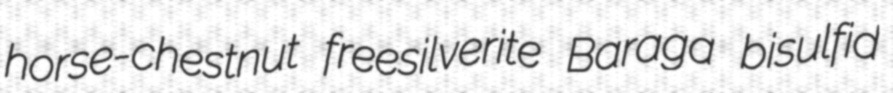
horse-chestnut freesilverite Baraga bisulfid